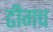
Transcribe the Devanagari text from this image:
ढीगच